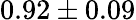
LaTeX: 0.92\pm 0.09